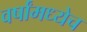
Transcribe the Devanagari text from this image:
वर्षांमध्येच